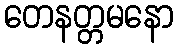
တေနတ္တမနော